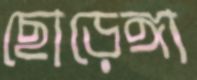
ছোড়েঙ্গা